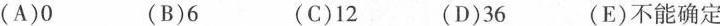
(A)0 (B)6 (C)12 (D)36 (E)不能确定